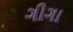
ગીગા